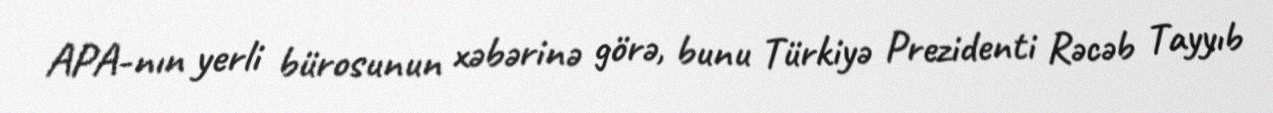
APA-nın yerli bürosunun xəbərinə görə, bunu Türkiyə Prezidenti Rəcəb Tayyıb